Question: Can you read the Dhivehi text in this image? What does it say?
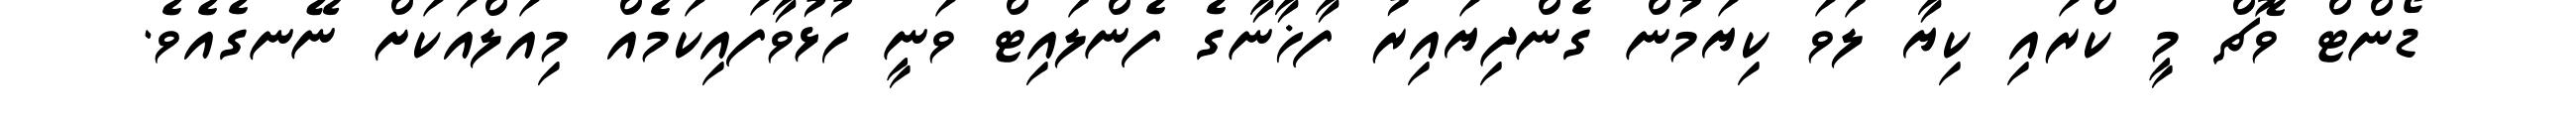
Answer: ޑޯންޓް ވޮޗް މީ ކްރައި ކިޔާ ލަވަ ކިޔަމުން ގެންދިޔައިރު ފާޚާނާގެ ފެންލައިޓް ވަނީ ހުޅުވާފައިކަމެއް މިއަލްއަކަށް ނޭނގެއެވެ.